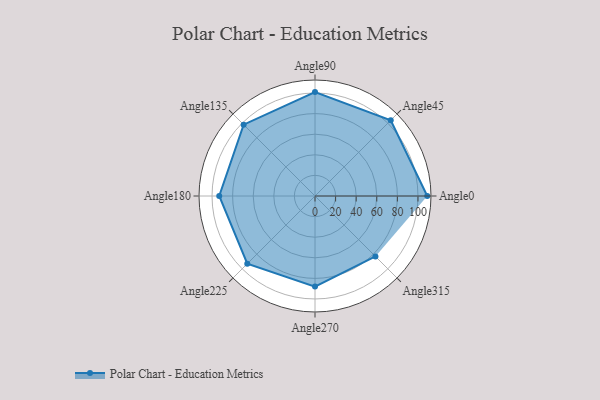
{"axis": {"x": "Angle", "y": "Radius"}, "legend": [""], "data": [{"x": "Angle0", "y": 109.0, "type": ""}, {"x": "Angle45", "y": 104.0, "type": ""}, {"x": "Angle90", "y": 101.0, "type": ""}, {"x": "Angle135", "y": 98.0, "type": ""}, {"x": "Angle180", "y": 93.0, "type": ""}, {"x": "Angle225", "y": 93.0, "type": ""}, {"x": "Angle270", "y": 88.0, "type": ""}, {"x": "Angle315", "y": 83.0, "type": ""}]}